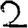
Digit: 2